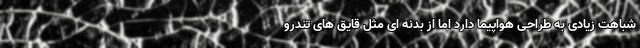
شباهت زیادی به طراحی هواپیما دارد اما از بدنه ای مثل قایق های تندرو